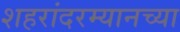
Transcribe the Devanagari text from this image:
शहरांदरम्यानच्या